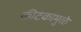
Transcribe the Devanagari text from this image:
कीटकामुळे